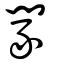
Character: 𨴯